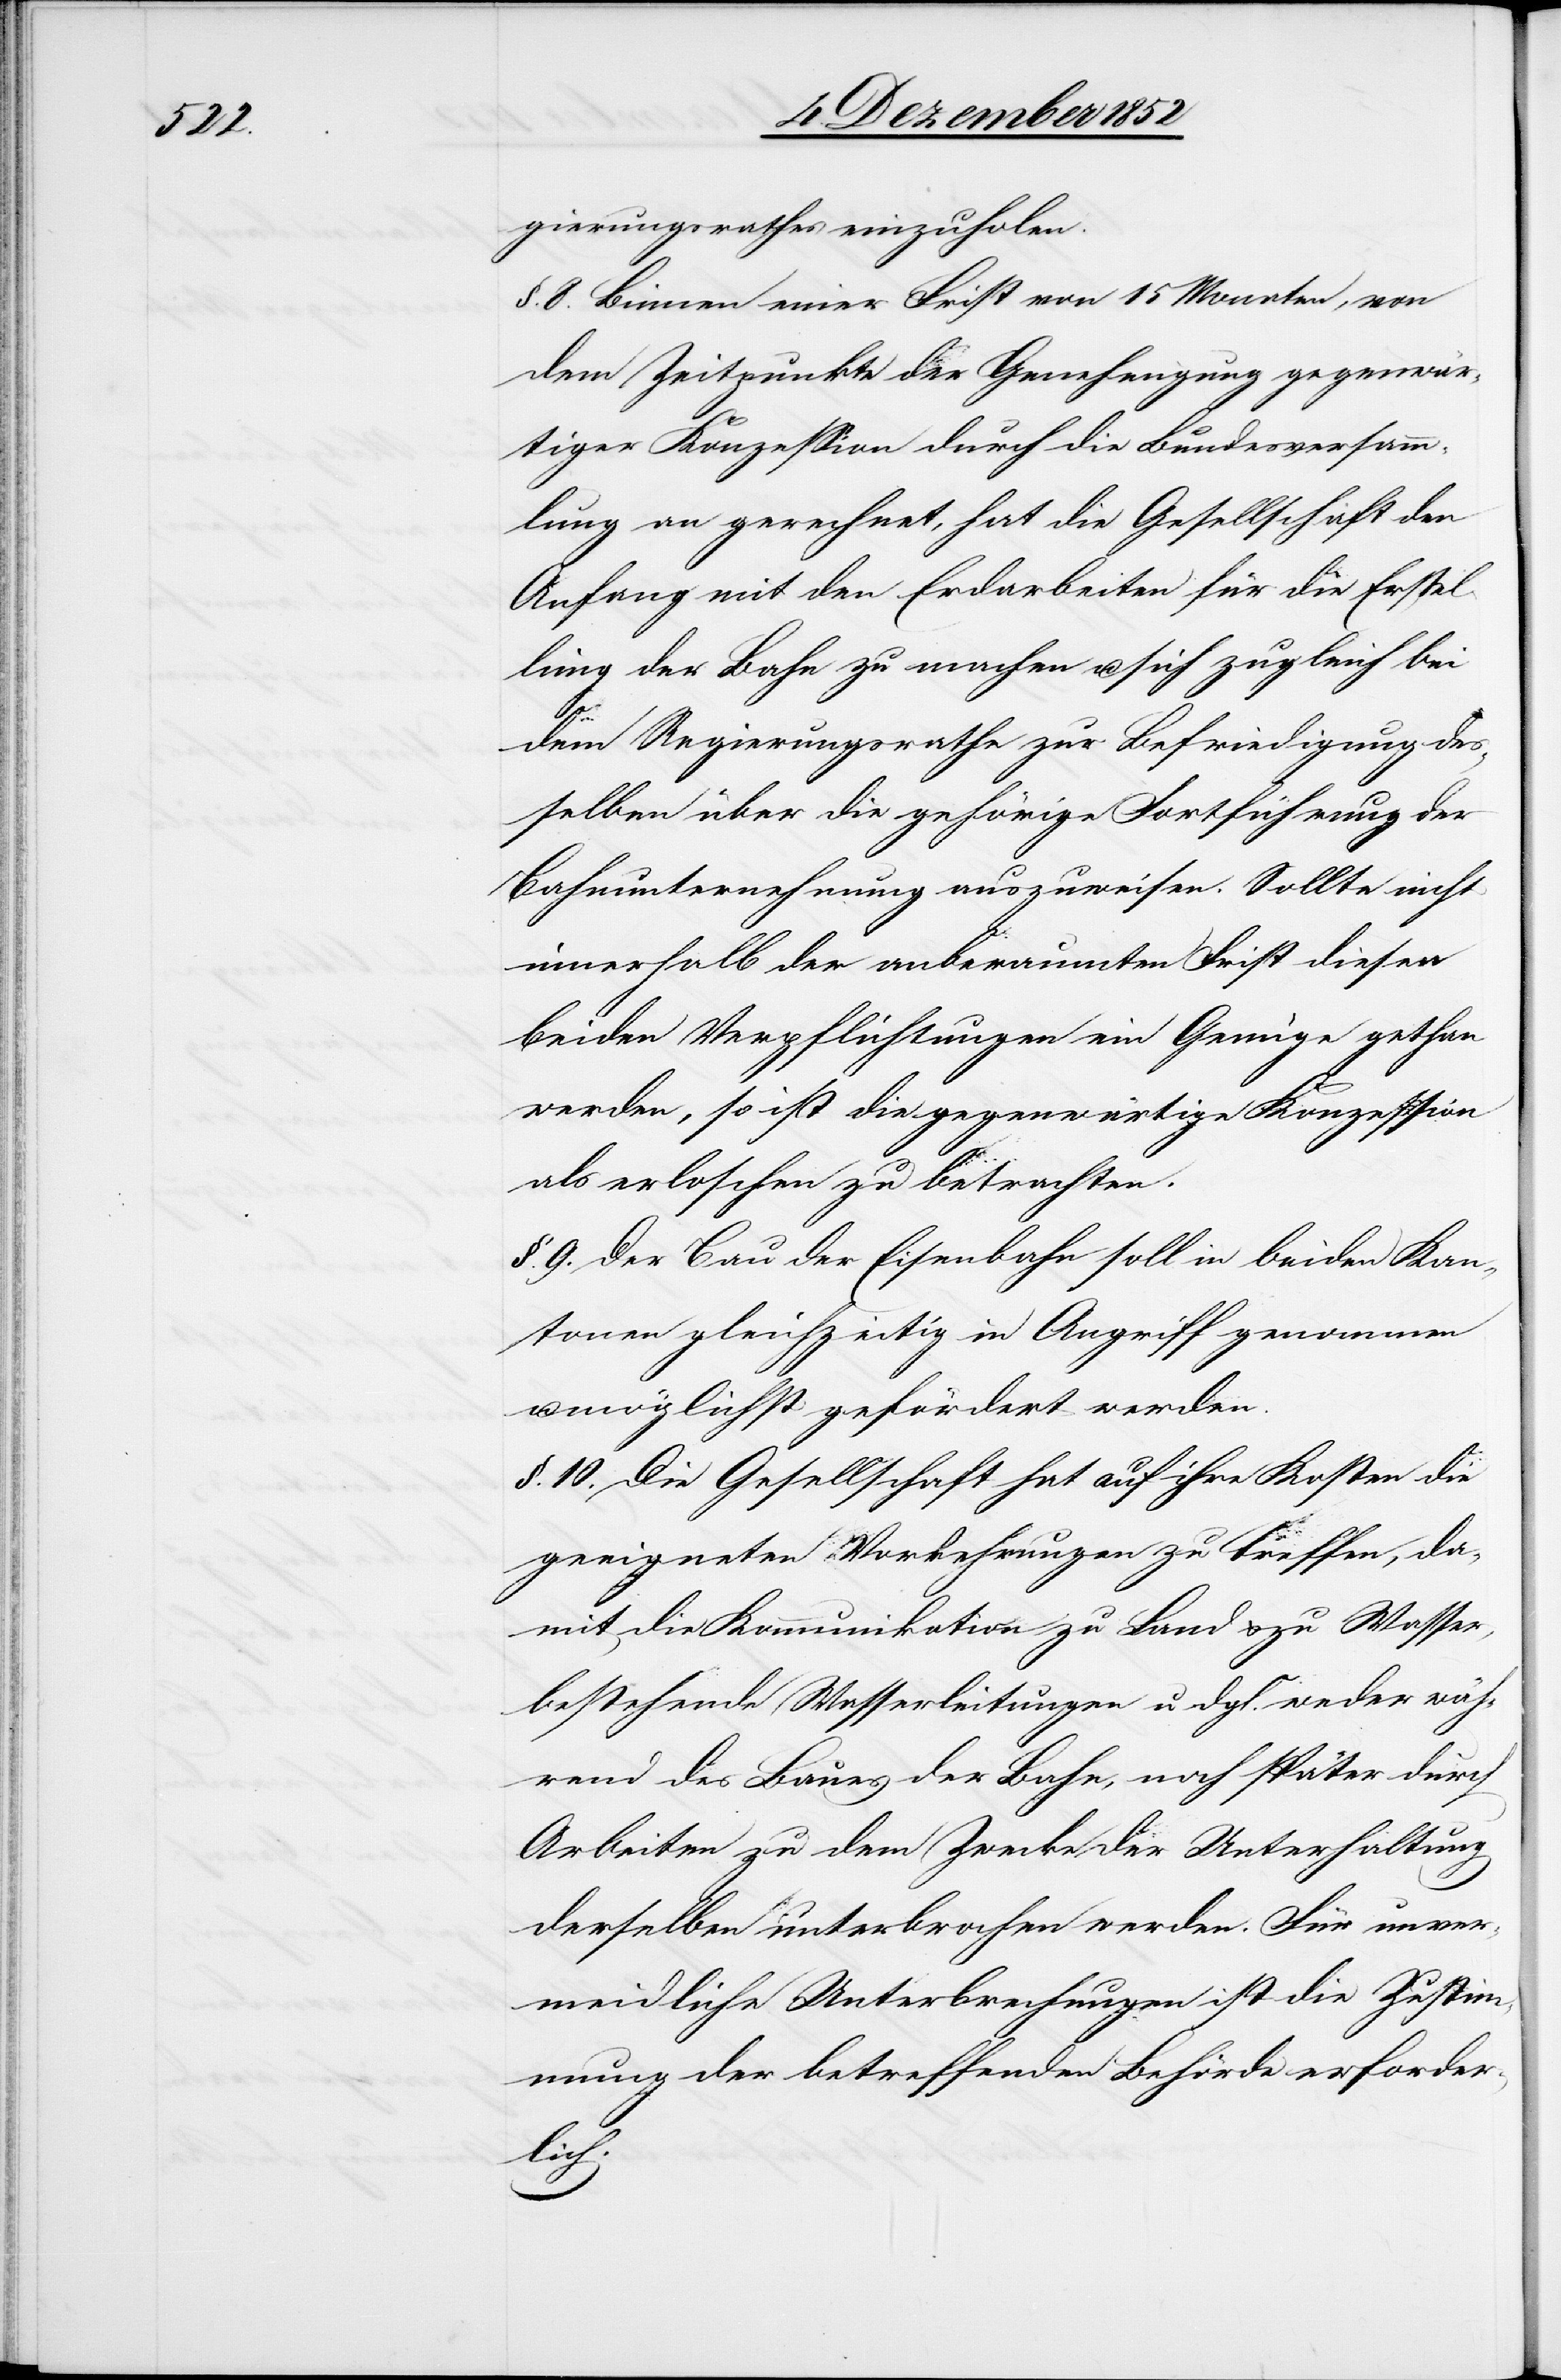
gierungsrathes einzuholen.
§. 8. Binnen einer Frist von 15 Monaten, von
dem Zeitpunkte der Genehmigung gegenwär¬
tiger Konzession durch die Bundesversamm¬
lung an gerechnet, hat die Gesellschaft den
Anfang mit den Erdarbeiten für die Erstel¬
lung der Bahn zu machen u. sich zugleich bei
dem Regierungsrathe zur Befriedigung des¬
selben über die gehörige Fortführung der
Bahnunternehmung auszuweisen. Sollte nicht
innerhalb der anberaumten Frist diesen
beiden Verpflichtungen ein Genüge gethan
werden, so ist die gegenwärtige Konzession
als erloschen zu betrachten.
§. 9. Der Bau der Eisenbahn soll in beiden Kan¬
tonen gleichzeitig in Angriff genommen
möglichst gefördert werden.
§. 10. Die Gesellschaft hat auf ihre Kosten die
geeigneten Vorkehrungen zu treffen, da¬
mit die Kommunikation zu Land & zu Wasser,
bestehende Wasserleitungen u. dgl. weder wäh¬
rend des Baues der Bahn, noch später durch
Arbeiten zu dem Zwecke der Unterhaltung
derselben unterbrochen werden. Für unver¬
meidliche Unterbrechungen ist die Zustim¬
mung der betreffenden Behörde erforder¬
lich.